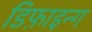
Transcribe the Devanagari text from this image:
डिफ़ाइन्ग